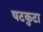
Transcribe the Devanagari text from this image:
षटकुटा